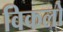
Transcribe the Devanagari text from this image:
विकलो